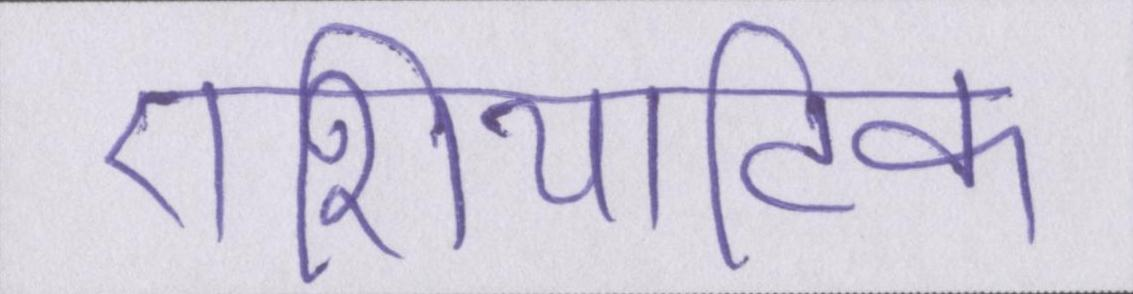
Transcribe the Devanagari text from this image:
एशियाटिक